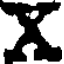
X